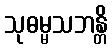
သုဓမ္မသဘန္တိ